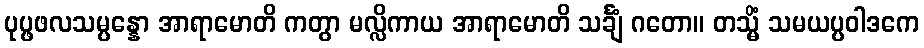
ပုပ္ဖဖလသမ္ပန္နော အာရာမောတိ ကတွာ မလ္လိကာယ အာရာမောတိ သင်္ချံ ဂတော။ တသ္မိံ သမယပ္ပဝါဒကေ